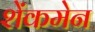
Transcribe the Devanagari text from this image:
शेंकमेन